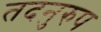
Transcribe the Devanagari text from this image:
तदनुरुप